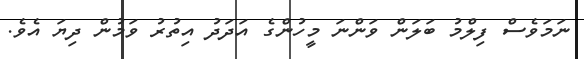
ނަމަވެސް ފިލްމު ބަލަން ވަންނަ މީހުންގެ އަދަދު އިތުރު ވަމުން ދިޔަ އެވެ.